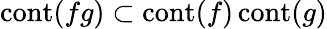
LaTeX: \operatorname{cont}(fg)\subset\operatorname{cont}(f)\operatorname{cont}(g)